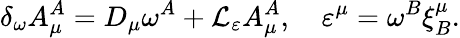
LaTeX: \delta_{\omega}A_{\mu}^{A}=D_{\mu}\omega^{A}+{\cal L}_{\varepsilon}A_{\mu}^{A},\quad\varepsilon^{\mu}=\omega^{B}\xi_{B}^{\mu}.